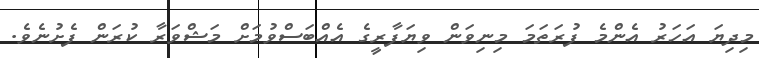
މިދިޔަ އަހަރު އެންމެ ފުރަތަމަ މިނިވަން ވިޔަފާރީގެ އެއްބަސްވުމަށް މަޝްވަރާ ކުރަން ފެށުނެވެ.